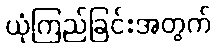
ယုံကြည်ခြင်းအတွက်